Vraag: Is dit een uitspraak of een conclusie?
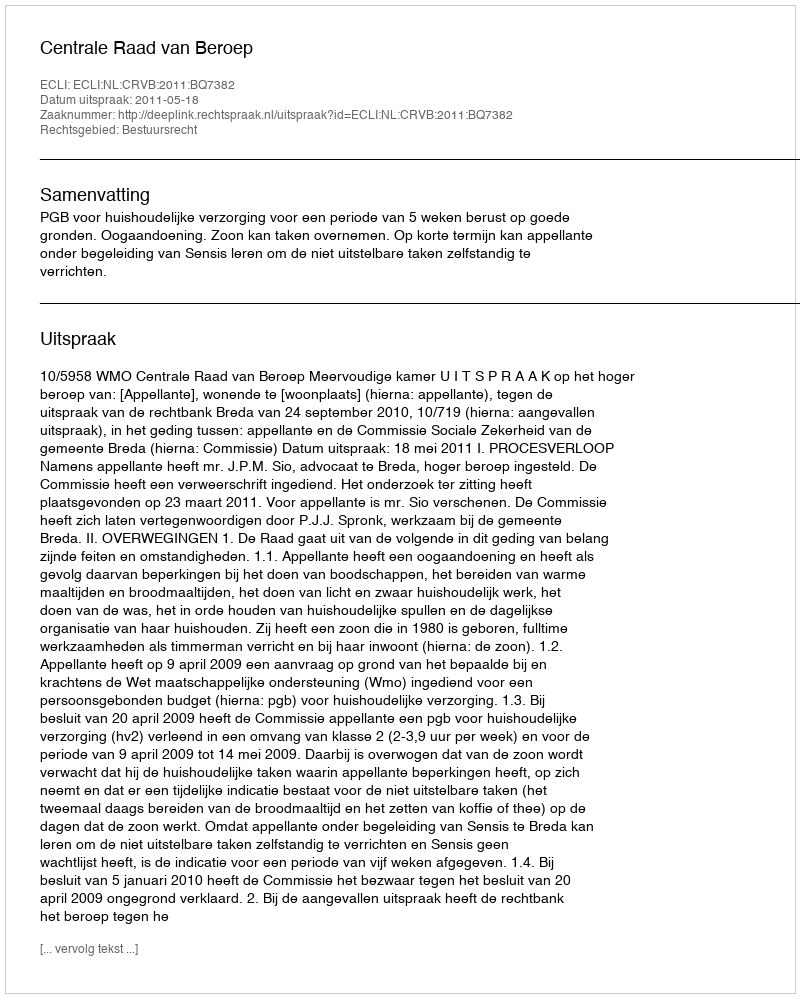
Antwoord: Uitspraak